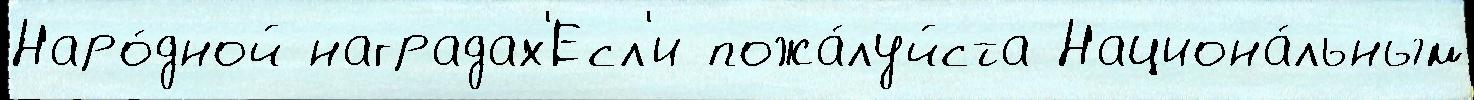
Наро́дной наградах'Есл'и пожа́луйста Национа́льным